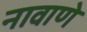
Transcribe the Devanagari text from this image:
नावाणे